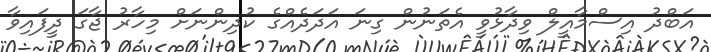
އަބްދު އިސްމާއީލް ވިދާޅުވީ އެތަނުން ގިނަ އަދަދެއްގެ ކުދިންނަށް މިހާރު ޖާގަ ދީފައިވާ